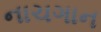
નાચગાન